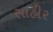
સાહીર